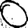
Digit: 0